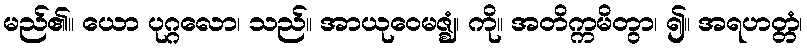
မည်၏။ ယော ပုဂ္ဂလော၊ သည်။ အာယုဝေမဇ္ဈံ၊ ကို။ အတိက္ကမိတွာ၊ ၍။ အရဟတ္တံ၊